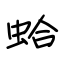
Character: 蛤